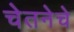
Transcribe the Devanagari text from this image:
चेतनेचे